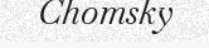
Chomsky